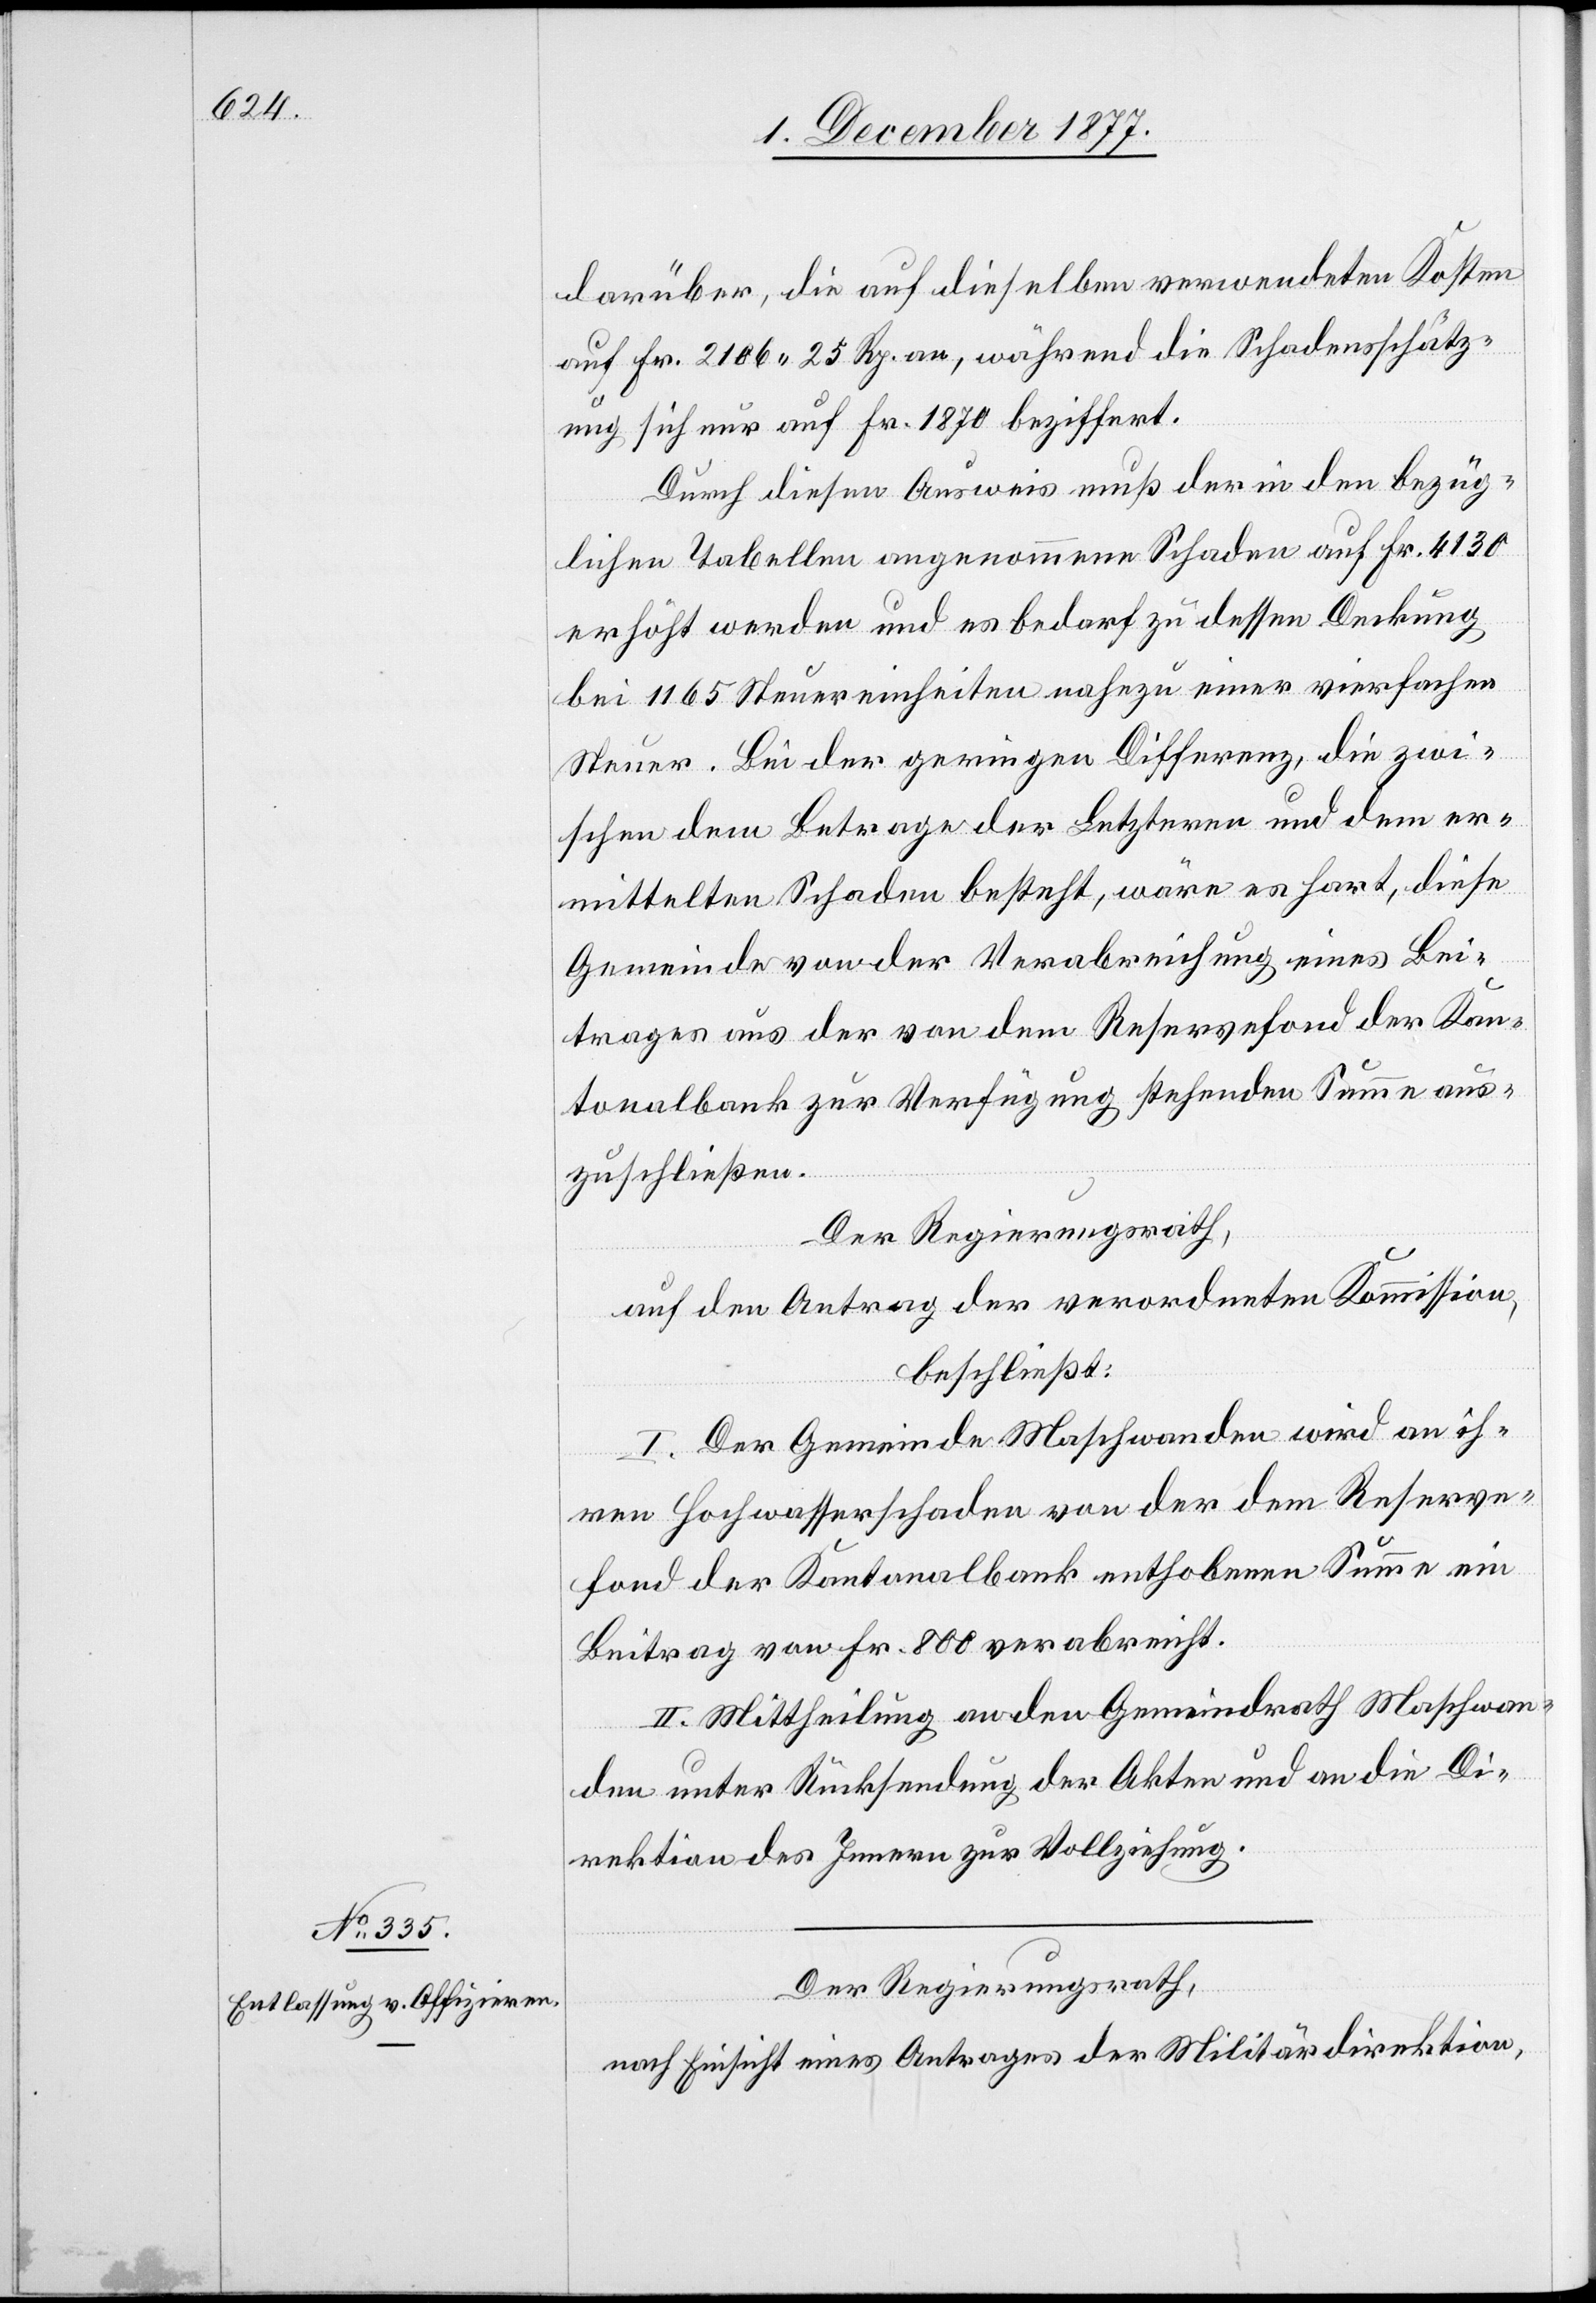
darüber, die auf dieselben verwendeten Kosten
auf Fr. 2106 25 Rp. an, während die Schadensschätz¬
ung sich nur auf Fr. 1870 beziffert.
Durch diesen Ausweis muß der in den bezüg¬
lichen Tabellen angenommene Schaden auf Fr. 4130
erhöht werden und es bedarf zu dessen Deckung
bei 1165 Steuereinheiten nahezu einer vierfachen
Steuer. Bei der geringen Differenz, die zwi¬
schen dem Betrage der Letzteren und dem er¬
mittelten Schaden besteht, wäre es hart, diese
Gemeinde von der Verabreichung eines Bei¬
trages aus der von dem Reservefond der Kan¬
tonalbank zur Verfügung stehenden Summe aus¬
zuschließen.
Der Regierungsrath,
auf den Antrag der verordneten Kommission,
beschließt:
I. Der Gemeinde Maschwanden wird an ih¬
ren Hochwasserschaden von der dem Reserve¬
fond der Kantonalbank enthobenen Summe ein
Beitrag von Fr. 800 verabreicht.
II. Mittheilung an den Gemeindrath Maschwan¬
den unter Rücksendung der Akten und an die Di¬
rektion des Innern zur Vollziehung.
Der Regierungsrath,
nach Einsicht eines Antrages der Militärdirektion,